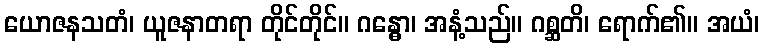
ယောဇနသတံ၊ ယူဇနာတရာ တိုင်တိုင်။ ဂန္ဓော၊ အနံ့သည်။ ဂစ္ဆတိ၊ ရောက်၏။ အယံ၊